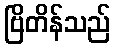
ဗြိတိန်သည်